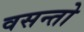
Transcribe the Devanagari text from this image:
वसन्तो